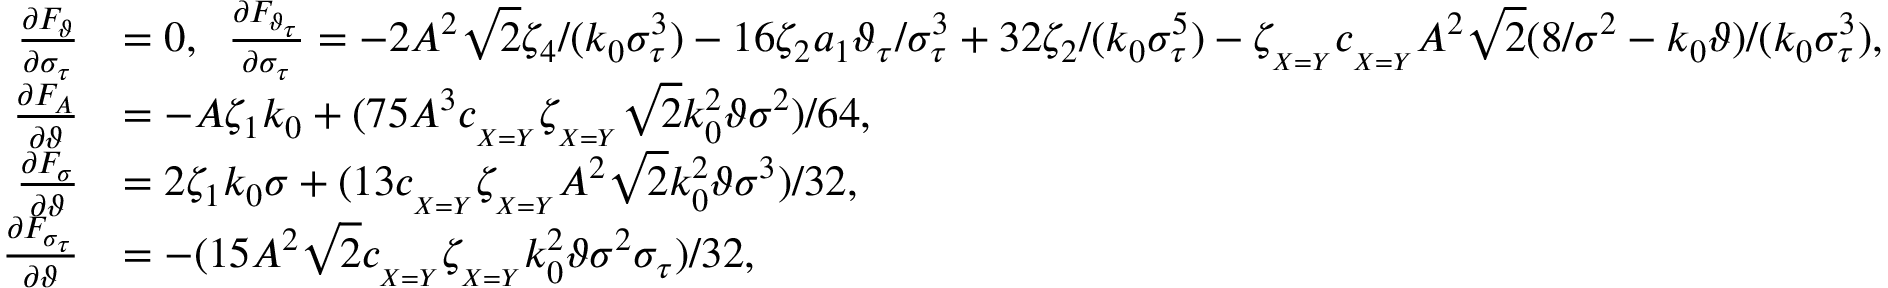
\begin{array} { r l } { \frac { \partial F _ { \vartheta } } { \partial \sigma _ { \tau } } } & { = 0 , \; \; \frac { \partial F _ { \vartheta _ { \tau } } } { \partial \sigma _ { \tau } } = - 2 A ^ { 2 } \sqrt { 2 } \zeta _ { 4 } / ( k _ { 0 } \sigma _ { \tau } ^ { 3 } ) - 1 6 \zeta _ { 2 } a _ { 1 } \vartheta _ { \tau } / \sigma _ { \tau } ^ { 3 } + 3 2 \zeta _ { 2 } / ( k _ { 0 } \sigma _ { \tau } ^ { 5 } ) - \zeta _ { _ { X = Y } } c _ { _ { X = Y } } A ^ { 2 } \sqrt { 2 } ( 8 / \sigma ^ { 2 } - k _ { 0 } \vartheta ) / ( k _ { 0 } \sigma _ { \tau } ^ { 3 } ) , } \\ { \frac { \partial F _ { A } } { \partial \vartheta } } & { = - A \zeta _ { 1 } k _ { 0 } + ( 7 5 A ^ { 3 } c _ { _ { X = Y } } \zeta _ { _ { X = Y } } \sqrt { 2 } k _ { 0 } ^ { 2 } \vartheta \sigma ^ { 2 } ) / 6 4 , } \\ { \frac { \partial F _ { \sigma } } { \partial \vartheta } } & { = 2 \zeta _ { 1 } k _ { 0 } \sigma + ( 1 3 c _ { _ { X = Y } } \zeta _ { _ { X = Y } } A ^ { 2 } \sqrt { 2 } k _ { 0 } ^ { 2 } \vartheta \sigma ^ { 3 } ) / 3 2 , } \\ { \frac { \partial F _ { \sigma _ { \tau } } } { \partial \vartheta } } & { = - ( 1 5 A ^ { 2 } \sqrt { 2 } c _ { _ { X = Y } } \zeta _ { _ { X = Y } } k _ { 0 } ^ { 2 } \vartheta \sigma ^ { 2 } \sigma _ { \tau } ) / 3 2 , } \end{array}